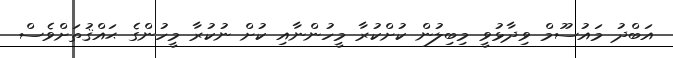
އަބްދު މައުސޫމް ވިދާޅުވީ މިބިލުން ކުށްކުރާ މީހުންނާއި ކުށް ނުކުރާ މީހުންގެ ޙައްޤުތަށްވެސް